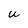
Character: U